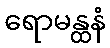
ရောမန္ထနံ